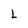
Character: L